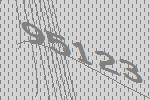
95123